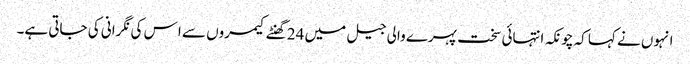
انہوں نے کہا کہ چونکہ انتہائی سخت پہرے والی جیل میں 24 گھنٹے کیمروں سے ا س کی نگرانی کی جاتی ہے۔